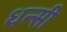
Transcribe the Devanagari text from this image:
धन्सी